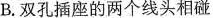
B.双孔插座的两个线头相碰